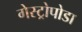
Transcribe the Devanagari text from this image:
गेस्ट्रोपोडा